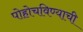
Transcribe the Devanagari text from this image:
पोहोचविण्याची